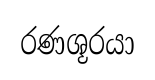
රණශූරයා